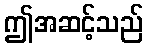
ဤအဆင့်သည်